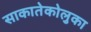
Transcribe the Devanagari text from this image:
साकातेकोलुका